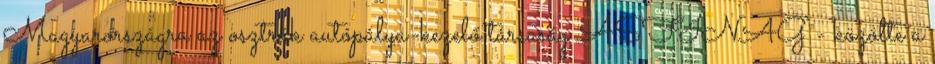
Magyarországra az osztrák autópálya-kezelő társaság ASFINAG - közölte a